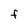
Character: F